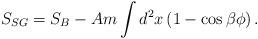
LaTeX: \begin{align*}S_{SG}=S_B-Am \int d^2x\left(1-\cos{\beta\phi}\right).\end{align*}